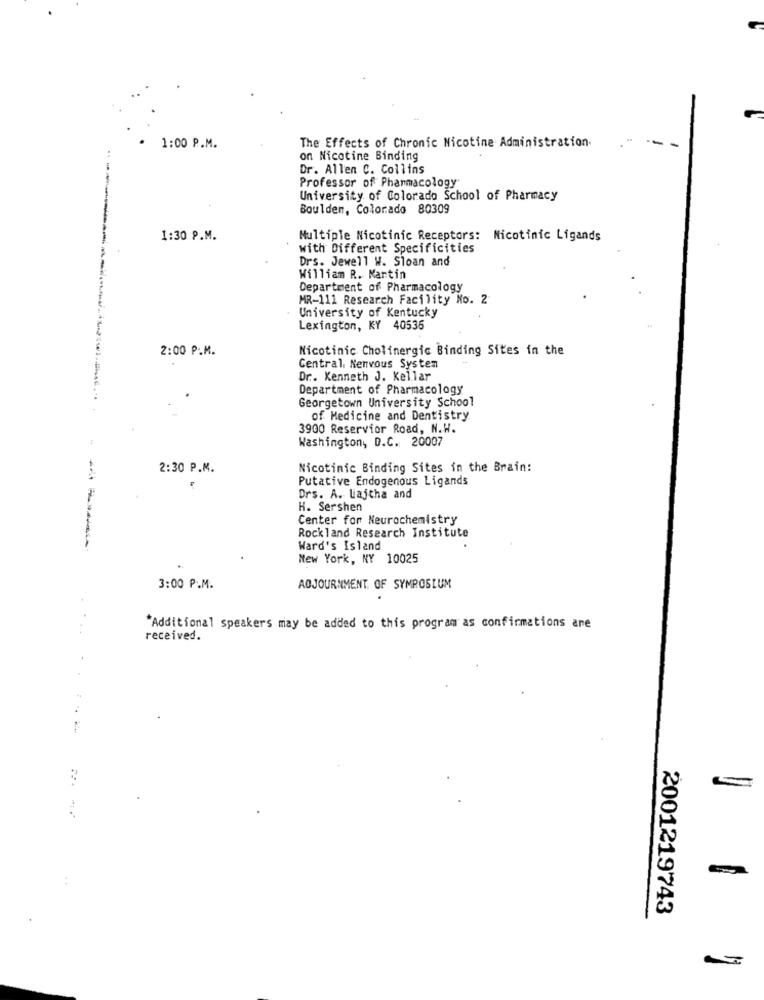
The Effects of Chronic Nicotine Administration.
--
-
1:00 P.M.
on Nicotine Binding
Dr. Allen C. Collins
Professor of Pharmacology
University of Colorado School of Pharmacy
Boulder, Colorado 80309
1:30 P.M.
Multiple Nicotinic Receptors: Nicotinic Ligands
with Different Specificities
Drs. Jewell W. Sloan and
William R. Martin
Department of Pharmacology
MR-111 Research Facility No. 2
University of Kentucky
Lexington, KY 40536
2:00 P.M.
Nicotinic Cholinergic Binding Sites in the
Central Nervous System
Dr. Kenneth J. Kellar
Department of Pharmacology
Georgetown University School
of Medicine and Dentistry
3900 Reservior Road, N.W.
Washington, D.C. 20007
2:30 P.M.
Nicotinic Binding Sites in the Brain:
Putative Endogenous Ligands
Drs. A. Lajtha and
H. Sershen
Center for Neurochemistry
Rockland Research Institute
- -----
Ward's Island
New York, NY 10025
3:00 P.M.
ADJOURNMENT. OF SYMPOSIUM
"Additional speakers may be added to this program as confirmations ane
received.
2001219743